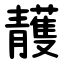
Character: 䨼